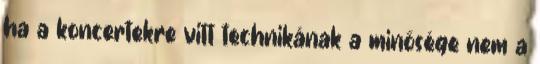
ha a koncertekre vitt technikának a minősége nem a